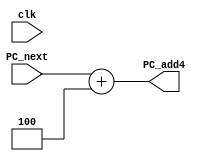
`timescale 1ns / 1ps
//////////////////////////////////////////////////////////////////////////////////
// Company: 
// Engineer: 
// 
// Design Name: 
// Module Name:    ADD4 
// Project Name: 
// Target Devices: 
// Tool versions: 
// Description: 
//
// Dependencies: 
//
// Revision: 
// Revision 0.01 - File Created
// Additional Comments: 
//
//////////////////////////////////////////////////////////////////////////////////
module ADD4(
    input clk,
	 input [31:0] PC_next,
    output reg [31:0] PC_add4
    );
    always @* begin
	   PC_add4 <= PC_next + 4;
	 end

endmodule